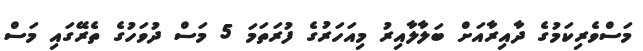
މަސްވެރިކަމުގެ ދާއިރާއަށް ބަލާލާއިރު މިއަހަރުގެ ފުރަތަމަ 5 މަސް ދުވަހުގެ ތެރޭގައި މަސް